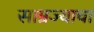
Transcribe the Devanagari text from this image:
साम्रज्याचा